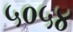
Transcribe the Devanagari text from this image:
५०५४